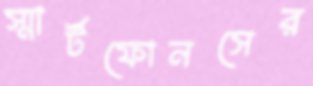
স্মার্টফোনসের